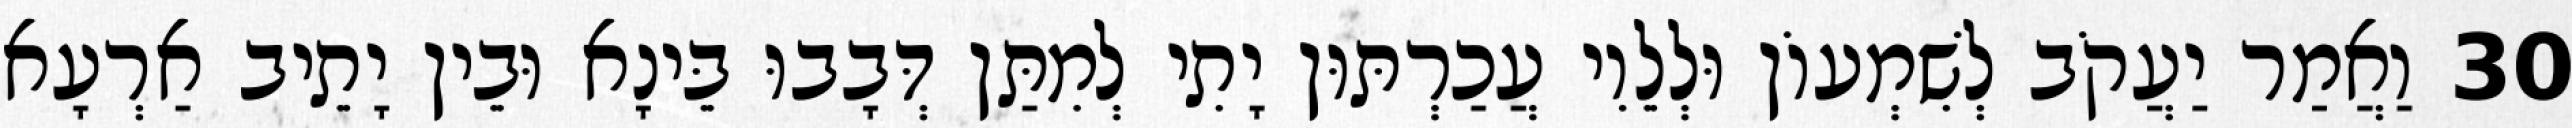
30 וַאֲמַר יַעֲקֹב לְשִׁמְעוֹן וּלְלֵוִי עֲכַרְתּוּן יָתִי לְמִתַּן דְּבָבוּ בֵּינָא וּבֵין יָתֵיב אַרְעָא